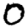
Digit: 0